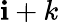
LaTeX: \mathbf{i}+k